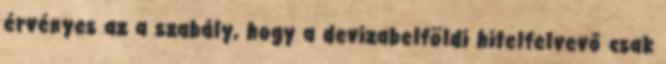
érvényes az a szabály, hogy a devizabelföldi hitelfelvevő csak